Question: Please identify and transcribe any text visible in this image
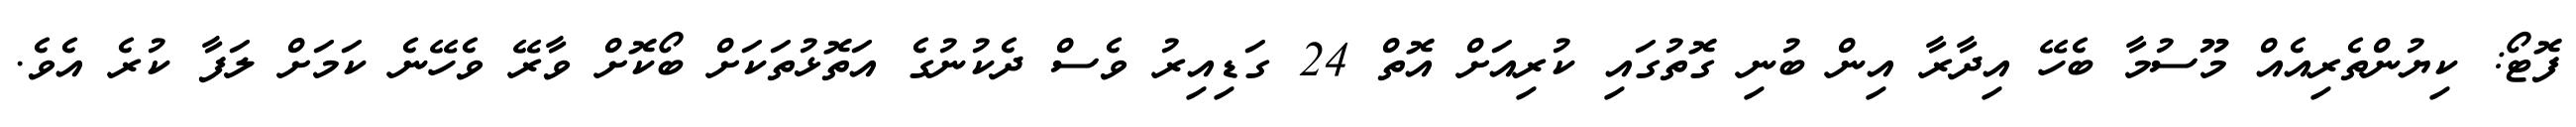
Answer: ފޮޓޯ: ކިޔުންތެރިއެއް މޫސުމާ ބެހޭ އިދާރާ އިން ބުނި ގޮތުގައި ކުރިއަށް އޮތް 24 ގަޑިއިރު ވެސް ދެކުނުގެ އަތޮޅުތަކަށް ބޯކޮށް ވާރޭ ވެހޭނެ ކަމަށް ލަފާ ކުރެ އެވެ.